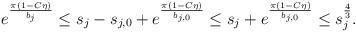
LaTeX: \begin{align*}\begin{aligned}e^{\frac{\pi(1-C\eta)}{b_{j}}}&\leq s_{j}-s_{j,0}+e^{\frac{\pi(1-C\eta)}{b_{j,0}}}\leq s_{j}+e^{\frac{\pi(1-C\eta)}{b_{j,0}}}\leq s_{j}^{\frac{4}{3}}.\end{aligned}\end{align*}